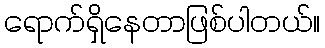
ရောက်ရှိနေတာဖြစ်ပါတယ်။